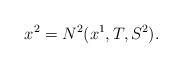
\begin{align*} x^2 = N^2(x^1,T,S^2).\end{align*}